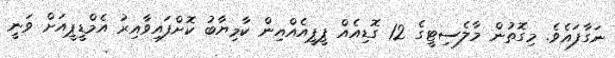
ނަގާފައެވެ. މިގޮތުން މާލެސިޓީގެ 12 ގޮޑިއެއް ޕީޕީއެއްއިން ކާމިޔާބު ކޮށްފައިވާއިރު އެމްޑީޕީއަށް ވަނީ